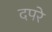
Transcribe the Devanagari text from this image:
दपरे